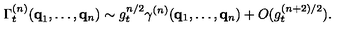
\Gamma _ { t } ^ { ( n ) } ( { \bf { q } } _ { 1 } , \ldots , { \bf { q } } _ { n } ) \sim g _ { t } ^ { n / 2 } \gamma ^ { ( n ) } ( { \bf { q } } _ { 1 } , \ldots , { \bf { q } } _ { n } ) + O ( g _ { t } ^ { ( n + 2 ) / 2 } ) .